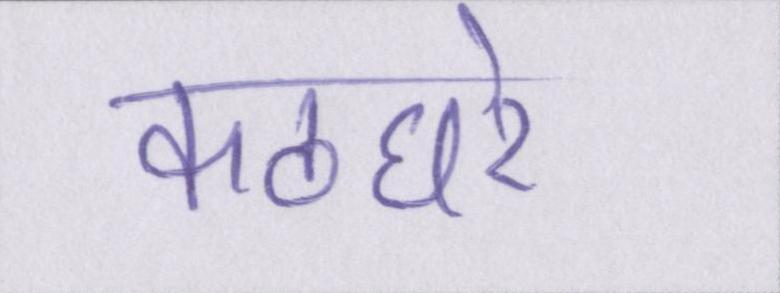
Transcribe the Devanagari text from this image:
कठघरे